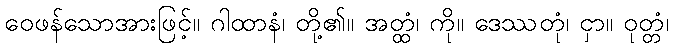
ဝေဖန်သောအားဖြင့်။ ဂါထာနံ၊ တို့၏။ အတ္ထံ၊ ကို။ ဒေဿတုံ၊ ငှာ။ ဝုတ္တံ၊